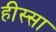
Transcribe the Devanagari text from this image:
हीस्सा